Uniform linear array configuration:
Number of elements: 12
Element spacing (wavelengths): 0.25
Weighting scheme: uniform
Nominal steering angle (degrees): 45
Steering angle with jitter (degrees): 44.512
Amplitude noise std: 0.05
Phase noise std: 0.05

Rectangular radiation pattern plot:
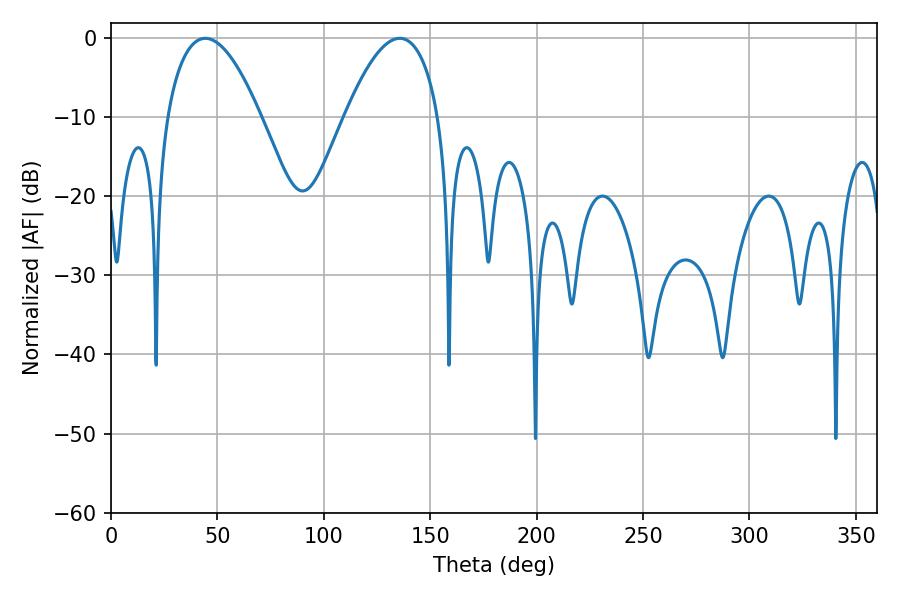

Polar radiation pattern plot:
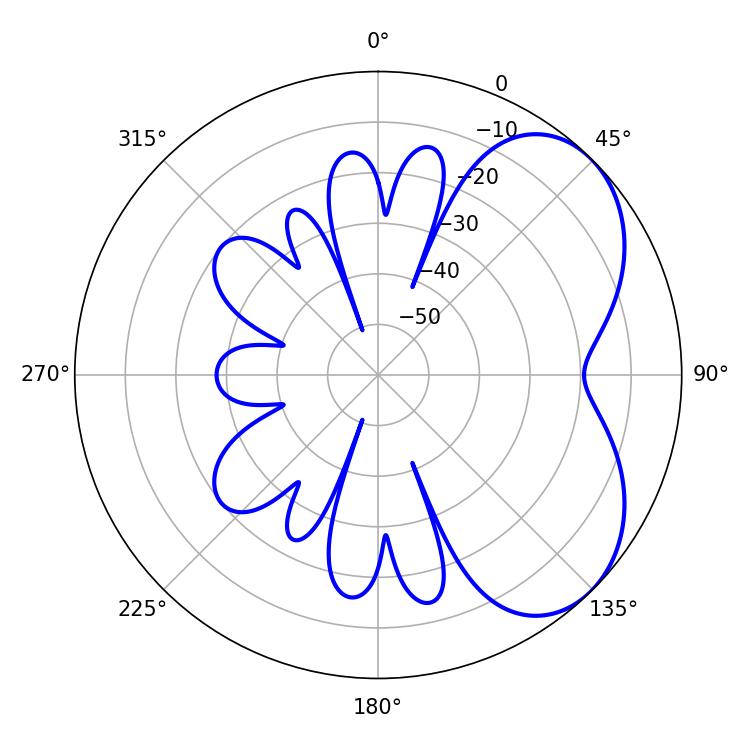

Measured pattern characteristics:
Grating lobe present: FALSE
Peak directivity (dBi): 4.87
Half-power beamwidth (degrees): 24.3
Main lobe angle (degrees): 44.28